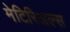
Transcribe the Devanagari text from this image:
मेटिरिअल्स